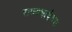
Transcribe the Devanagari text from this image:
राज्यभाषेच्या